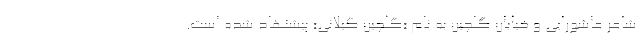
شاعر عاشورایی و خیابان گلچین به نام «گلچین گیلانی» پیشنهاد شده است.